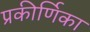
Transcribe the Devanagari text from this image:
प्रकीर्णिका